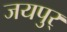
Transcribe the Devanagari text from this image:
जयपुर्